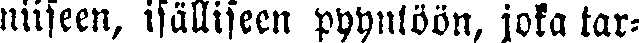
niiseen, isälliseen pyyntöön, joka tar-